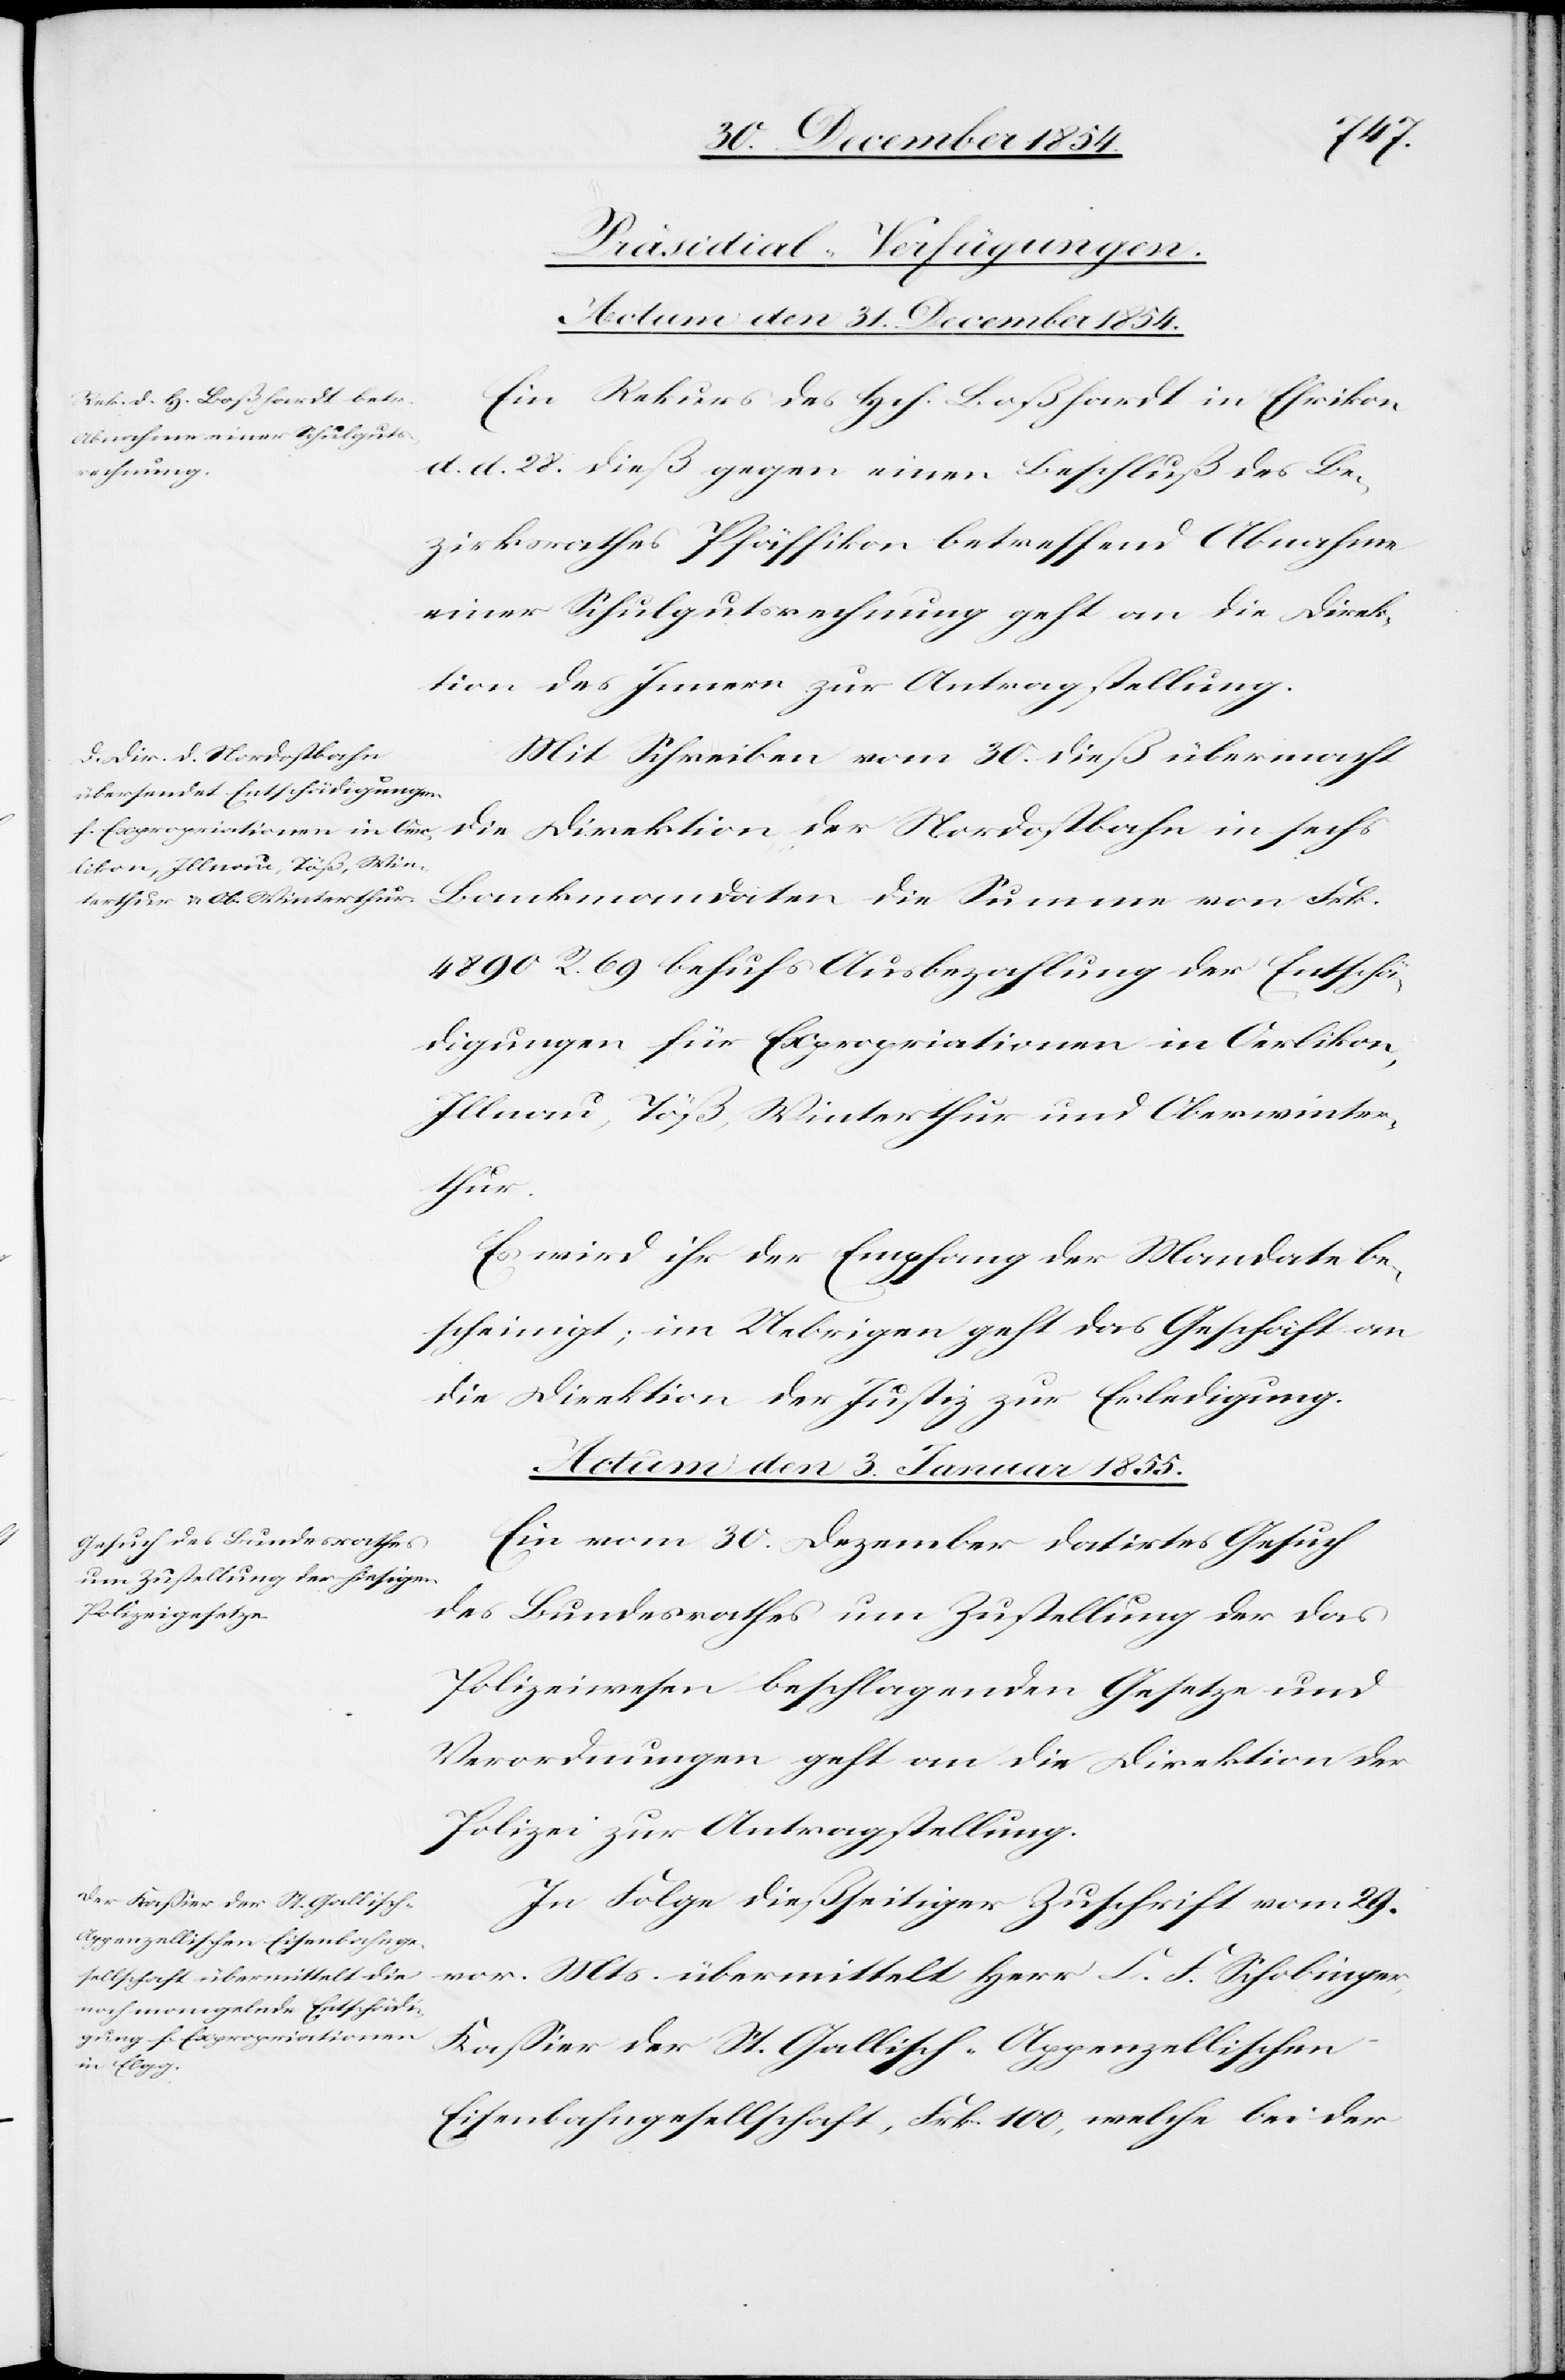
[Präsidial-Verfügungen.
Actum den 31. December 1854.]
Ein Rekurs des Hch. Boßhard in Ehrikon
d. d. 28. dieß gegen einen Beschluß des Be¬
zirksrathes Pfäffikon betreffend Abnahme
einer Schulgutsrechnung geht an die Direk¬
tion des Innern zur Antragstellung.
Mit Schreiben vom 30. dieß übermacht
die Direktion der Nordostbahn in sechs
4890 R. 69 behufs Ausbezahlung der Entschä¬
digungen für Expropriationen in Oerlikon,
Illnau, Töß, Winterthur und Oberwinter¬
thur.
Actum den 3. Januar 1855.]
Ein vom 30. Dezember datirtes Gesuch
des Bundesrathes um Zustellung der das
Polizeiwesen beschlagenden Gesetze und
Verordnungen geht an die Direktion der
Polizei zur Antragstellung.
In Folge dießseitiger Zuschrift vom 29.
vor. Mts. übermittelt Herr C. F. Schobinger,
Kaßier der St. Gallisch-Appenzellischen
Eisenbahngesellschaft, Frk. 100, welche bei der